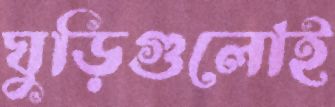
ঘুড়িগুলোই